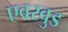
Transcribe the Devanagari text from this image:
एवरवुड